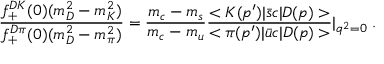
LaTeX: \frac { f _ { + } ^ { D K } ( 0 ) ( m _ { D } ^ { 2 } - m _ { K } ^ { 2 } ) } { f _ { + } ^ { D \pi } ( 0 ) ( m _ { D } ^ { 2 } - m _ { \pi } ^ { 2 } ) } = \frac { m _ { c } - m _ { s } } { m _ { c } - m _ { u } } \frac { < K ( p ^ { \prime } ) | { \bar { s } } c | D ( p ) > } { < \pi ( p ^ { \prime } ) | { \bar { u } } c | D ( p ) > } | _ { q ^ { 2 } = 0 } \; .